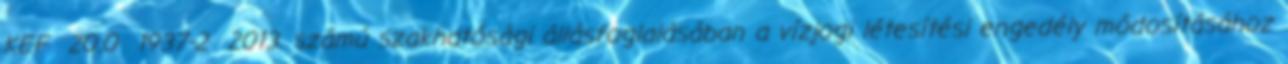
KEF 20.0 1937-2 2013. számú szakhatósági állásfoglalásában a vízjogi létesítési engedély módosításához